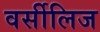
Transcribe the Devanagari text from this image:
वर्सीलिज